Relation of titanus [i.e. tetanus] to the hypodermic or intramuscular injection of quinine - Number 43
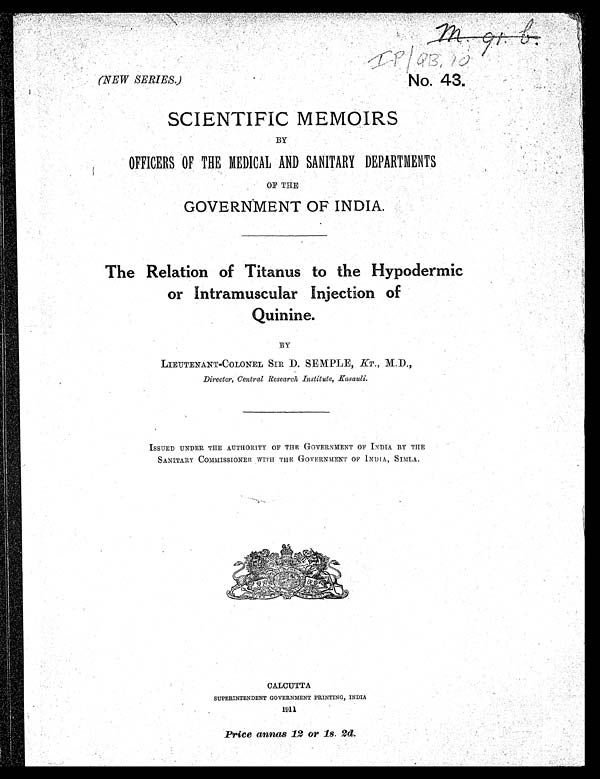
m. 91. b
IIP/QB. 10
No. 43.
(NEW SERIES.)
SCIENTIFIC MEMOIRS..
BY
OFFICERS OF THE MEDICAL AND SANITARY DEPARTMENTS
OF THE
GOVERNMENT OF INDIA.
The Relation of Titanus to the Hypodermic
or Intramuscular Injection of
Quinine.
BY
LIEUTENANT-COLONEL SIR D. SEMPLE, KT., M.D.,
Director, Central Research Institute, Kasauli.
ISSUED UNDER THE AUTHORITY OF THE GOVERNMENT OF INDIA BY THE
SANITARY COMMISSIONER. WITH THE GOVERNMENT OF INDIA, SIMLA.
CALCUTTA
SUPERINTENDENT GOVERNMENT PRINTING, INDIA
191 1
Price arnnas 12 or 1s. 2d2d.